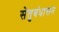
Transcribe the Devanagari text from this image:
सेतुबंधासन